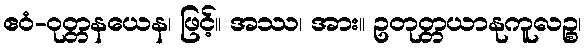
ဧဝံ-ဝုတ္တနယေန၊ ဖြင့်။ အဿ၊ အား။ ဥတုတ္တယာနုကူလဉ္စ၊